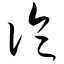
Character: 论